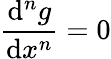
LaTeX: {\frac{\mathrm{d}^{n}g}{\mathrm{d}x^{n}}}=0